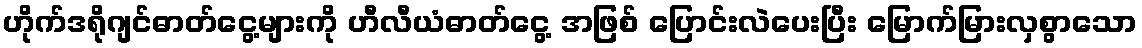
ဟိုက်ဒရိုဂျင်ဓာတ်ငွေ့များကို ဟီလီယံဓာတ်ငွေ့ အဖြစ် ပြောင်းလဲပေးပြီး မြောက်မြားလှစွာသော